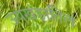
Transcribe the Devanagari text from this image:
ऊपखंडातिल